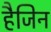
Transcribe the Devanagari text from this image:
हैजिन